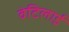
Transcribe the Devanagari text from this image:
वेटिलाई